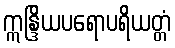
ဣန္ဒြိယပရောပရိယတ္တံ